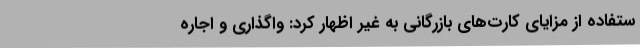
ستفاده از مزایای کارت‌های بازرگانی به غیر اظهار کرد: واگذاری و اجاره